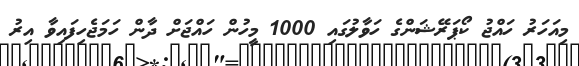
މިއަހަރު ހައްޖު ކޯޕަރޭޝަންގެ ހަވާލުގައި 1000 މީހުން ހައްޖަށް ދާން ހަމަޖެހިފައިވާ އިރު